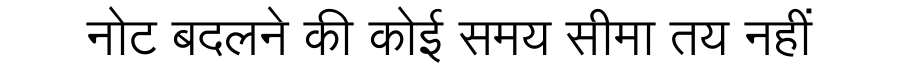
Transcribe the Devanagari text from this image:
नोट बदलने की कोई समय सीमा तय नहीं